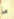
ما